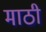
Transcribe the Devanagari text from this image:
माठी